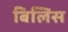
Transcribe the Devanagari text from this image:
बिलिस